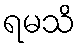
ရမသိ